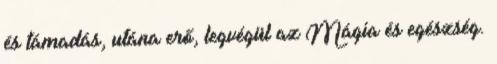
és támadás, utána erő, legvégül az Mágia és egészség.